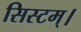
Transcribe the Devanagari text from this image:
सिस्टम्।